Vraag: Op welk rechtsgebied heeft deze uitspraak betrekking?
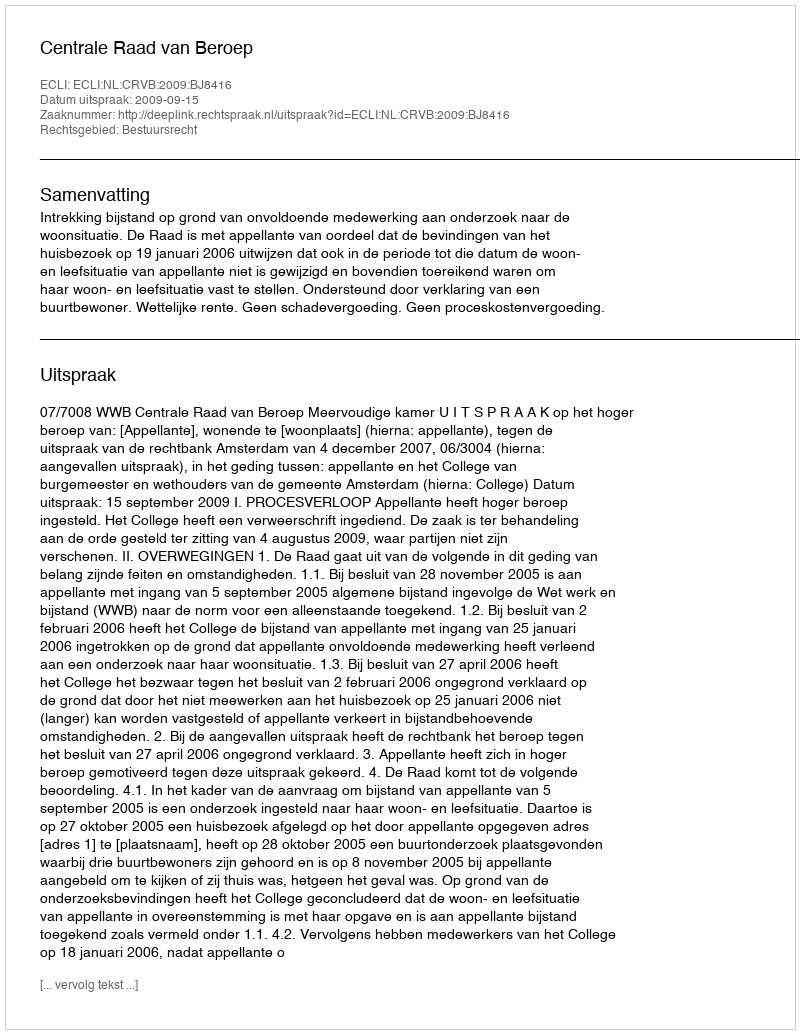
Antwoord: Bestuursrecht